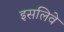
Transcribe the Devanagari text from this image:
इसलिवे